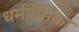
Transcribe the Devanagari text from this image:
धर्मप्रेमिका